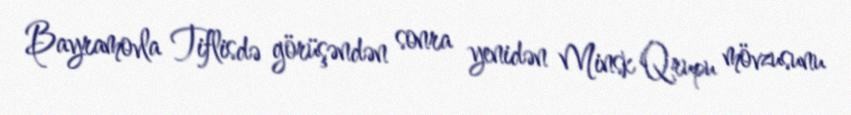
Bayramovla Tiflisdə görüşəndən sonra yenidən Minsk Qrupu mövzusunu